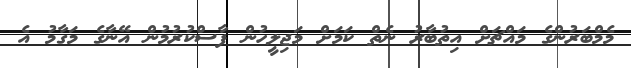
މެމްބަރުންގެ މައްޗަށް އިތުބާރު ނެތް ކަމަށް މަޖިލީހުން ފާސްކުރުމުން އޭނާގެ މަގާމު އެ